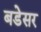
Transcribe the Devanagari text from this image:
बडेसर